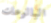
البالوعات